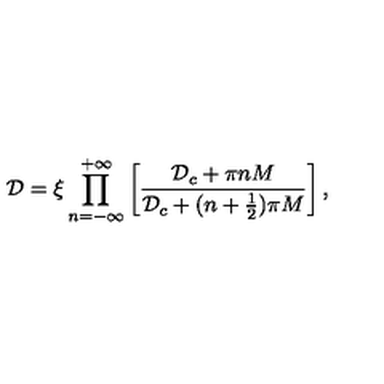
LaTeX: { \mathcal D } = \xi \prod _ { n = - \infty } ^ { + \infty } \left[ \frac { { \mathcal D } _ { c } + \pi n M } { { \mathcal D } _ { c } + ( n + \frac { 1 } { 2 } ) \pi M } \right] ,